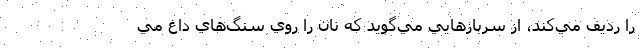
را رديف مي‌كند، از سربازهايي مي‌گويد كه نان را روي سنگ‌هاي داغ مي